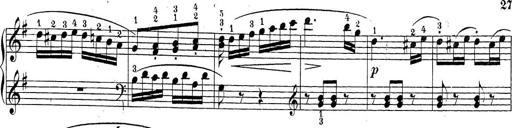
Title: Sonatina Album
Composer: Louis KÃ¶hler